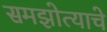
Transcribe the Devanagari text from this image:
समझोत्याचे